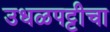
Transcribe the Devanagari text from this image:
उधळपट्टीचा